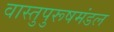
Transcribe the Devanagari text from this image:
वास्तुपुरूषमंडल